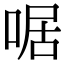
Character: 啹